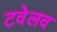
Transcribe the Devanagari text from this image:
टवेलव